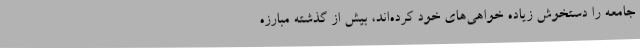
جامعه را دستخوش زیاده خواهی‌های خود کرده‌اند، بیش از گذشته مبارزه